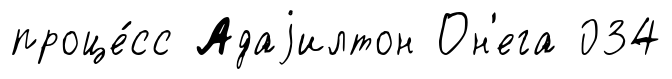
проце́сс Адаjилтон Он'ега 034